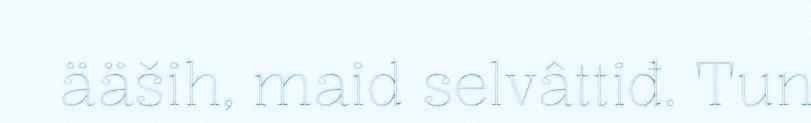
ääših, maid selvâttiđ. Tun